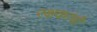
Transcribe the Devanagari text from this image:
रक्षकांची